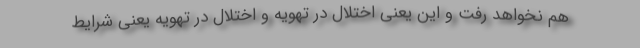
هم نخواهد رفت و این یعنی اختلال در تهویه و اختلال در تهویه یعنی شرایط